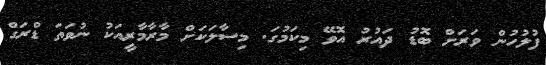
ފުލުހުން ވަރަށް ބޮޑު ދައުރު އޮވޭ މިކަމުގަ. މިސާލަކަށް މާރާމާރީއަކު ނުވަތަ ޑްރަގް